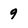
Character: 9